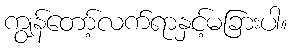
ကျွန်တော့်လက်ရာနှင့်မခြားပါ။